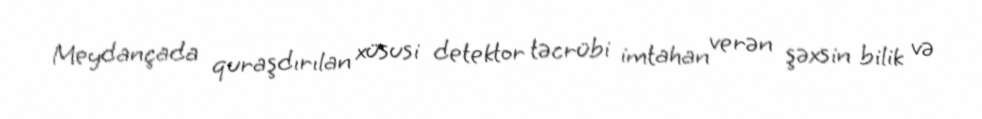
Meydançada quraşdırılan xüsusi detektor təcrübi imtahan verən şəxsin bilik və